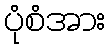
ပုံစံအား